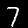
Digit: 7